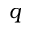
q